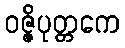
ဝဇ္ဇိပုတ္တကေ